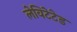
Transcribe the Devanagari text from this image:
लेविटेटेड